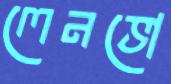
লেনভো